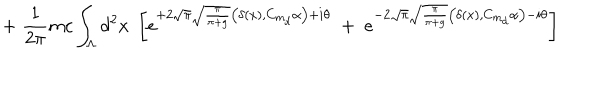
\; + \; \frac { 1 } { 2 \pi } m c \int _ { \Lambda } d ^ { 2 } x \; \left[ e ^ { + 2 \sqrt { \pi } \sqrt { \frac { \pi } { \pi + g } } \big ( \delta ( x ) , C _ { m _ { d } } \alpha \big ) + i \theta } \; + \; e ^ { - 2 \sqrt { \pi } \sqrt { \frac { \pi } { \pi + g } } \big ( \delta ( x ) , C _ { m _ { d } } \alpha \big ) - i \theta } \right]